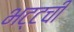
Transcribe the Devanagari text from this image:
भट्टची